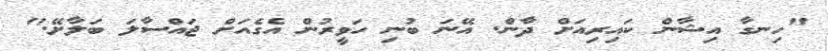
"ހިނގާ އިޝާން ކައިރިއަށް ދާން. އޭނަ ބުނި ހަވީރުން އެގެއަށް ޖައްސާލަ ބަލާށޭ."